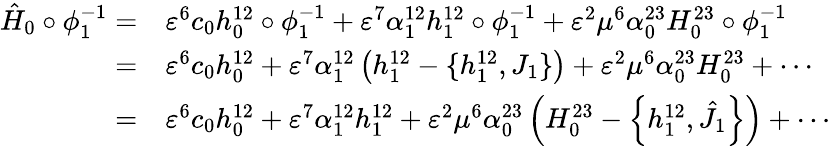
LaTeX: \begin{array}{rl}{\hat{H}_{0}\circ\phi_{1}^{-1}=}&{\varepsilon^{6}c_{0}h_{0}^{12}\circ\phi_{1}^{-1}+\varepsilon^{7}\alpha_{1}^{12}h_{1}^{12}\circ\phi_{1}^{-1}+\varepsilon^{2}\mu^{6}\alpha_{0}^{23}H_{0}^{23}\circ\phi_{1}^{-1}}\\ {=}&{\varepsilon^{6}c_{0}h_{0}^{12}+\varepsilon^{7}\alpha_{1}^{12}\left(h_{1}^{12}-\{ h_{1}^{12},J_{1}\} \right)+\varepsilon^{2}\mu^{6}\alpha_{0}^{23}H_{0}^{23}+\cdots}\\ {=}&{\varepsilon^{6}c_{0}h_{0}^{12}+\varepsilon^{7}\alpha_{1}^{12}h_{1}^{12}+\varepsilon^{2}\mu^{6}\alpha_{0}^{23}\left(H_{0}^{23}-\left\{ h_{1}^{12},\hat{J}_{1}\right\} \right)+\cdots}\end{array}